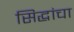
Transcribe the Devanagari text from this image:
सिद्धांचा